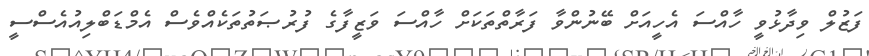
ފަޒުލް ވިދާޅުވީ ހާއްސަ އެހީއަށް ބޭނުންވާ ފަރާތްތަކަށް ހާއްސަ ވަޒީފާގެ ފުރުޞަތުތަކެއްވެސް އެމްޑަބްލިއުއެސްސީ